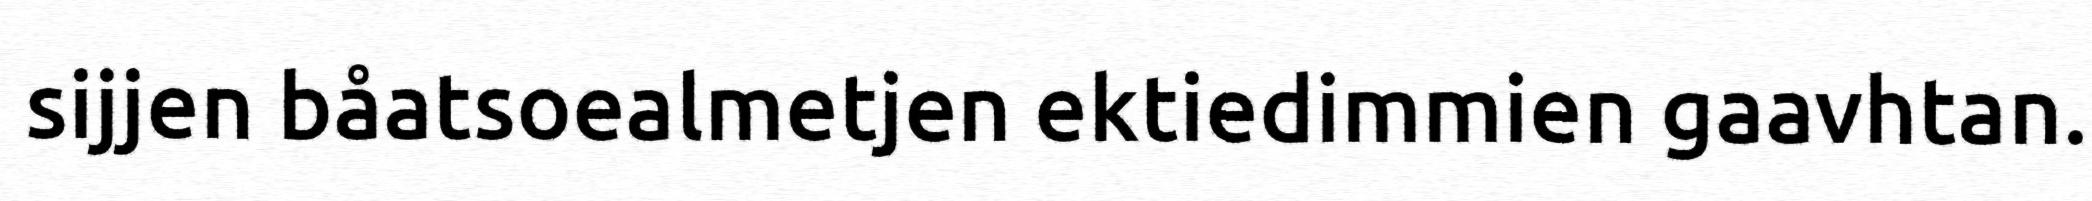
sijjen båatsoealmetjen ektiedimmien gaavhtan.